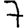
Digit: 7